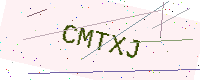
Text: CMTXJ